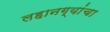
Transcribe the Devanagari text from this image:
लहानग्यांचा